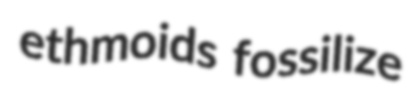
ethmoids fossilize